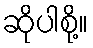
ဆိုပါစို့။